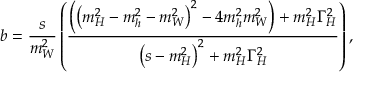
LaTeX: b = \frac { s } { m _ { W } ^ { 2 } } \left( \frac { \left( \left( m _ { H } ^ { 2 } - m _ { h } ^ { 2 } - m _ { W } ^ { 2 } \right) ^ { 2 } - 4 m _ { h } ^ { 2 } m _ { W } ^ { 2 } \right) + m _ { H } ^ { 2 } \Gamma _ { H } ^ { 2 } } { \left( s - m _ { H } ^ { 2 } \right) ^ { 2 } + m _ { H } ^ { 2 } \Gamma _ { H } ^ { 2 } } \right) ,